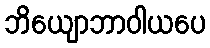
ဘိယျောဘာဝါယပေ